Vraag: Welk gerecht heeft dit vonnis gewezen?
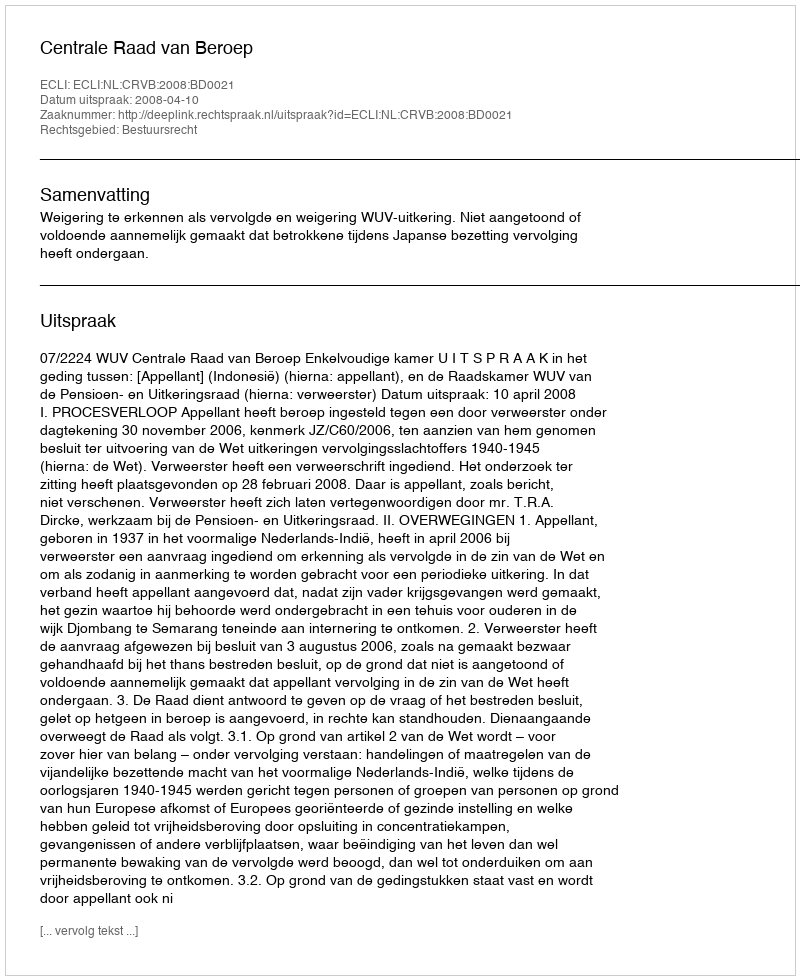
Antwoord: Centrale Raad van Beroep